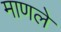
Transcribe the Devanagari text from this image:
माणले